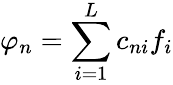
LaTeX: \varphi_{n}=\sum_{i=1}^{L}c_{ni}f_{i}